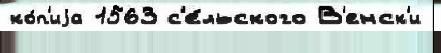
ко́п'иjа 1563 с'е́льского В'енск'и